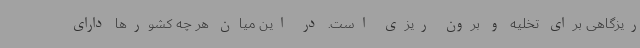
ریزگاهی برای تخلیه و برون ریزی است. در این میان هر چه کشورها دارای